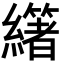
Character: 𦇃